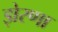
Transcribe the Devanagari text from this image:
झेरणा